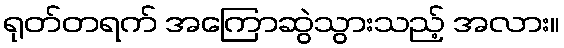
ရုတ်တရက် အကြောဆွဲသွားသည့် အလား။